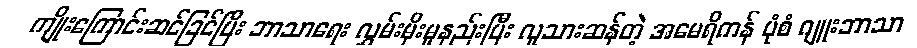
ကျိုးကြောင်းဆင်ခြင်ပြီး ဘာသာရေး လွှမ်းမိုးမှုနည်းပြီး လူသားဆန်တဲ့ အမေရိကန် ပုံစံ ဂျူးဘာသာ